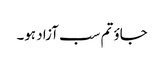
جاوٴ تم سب آزاد ہو۔